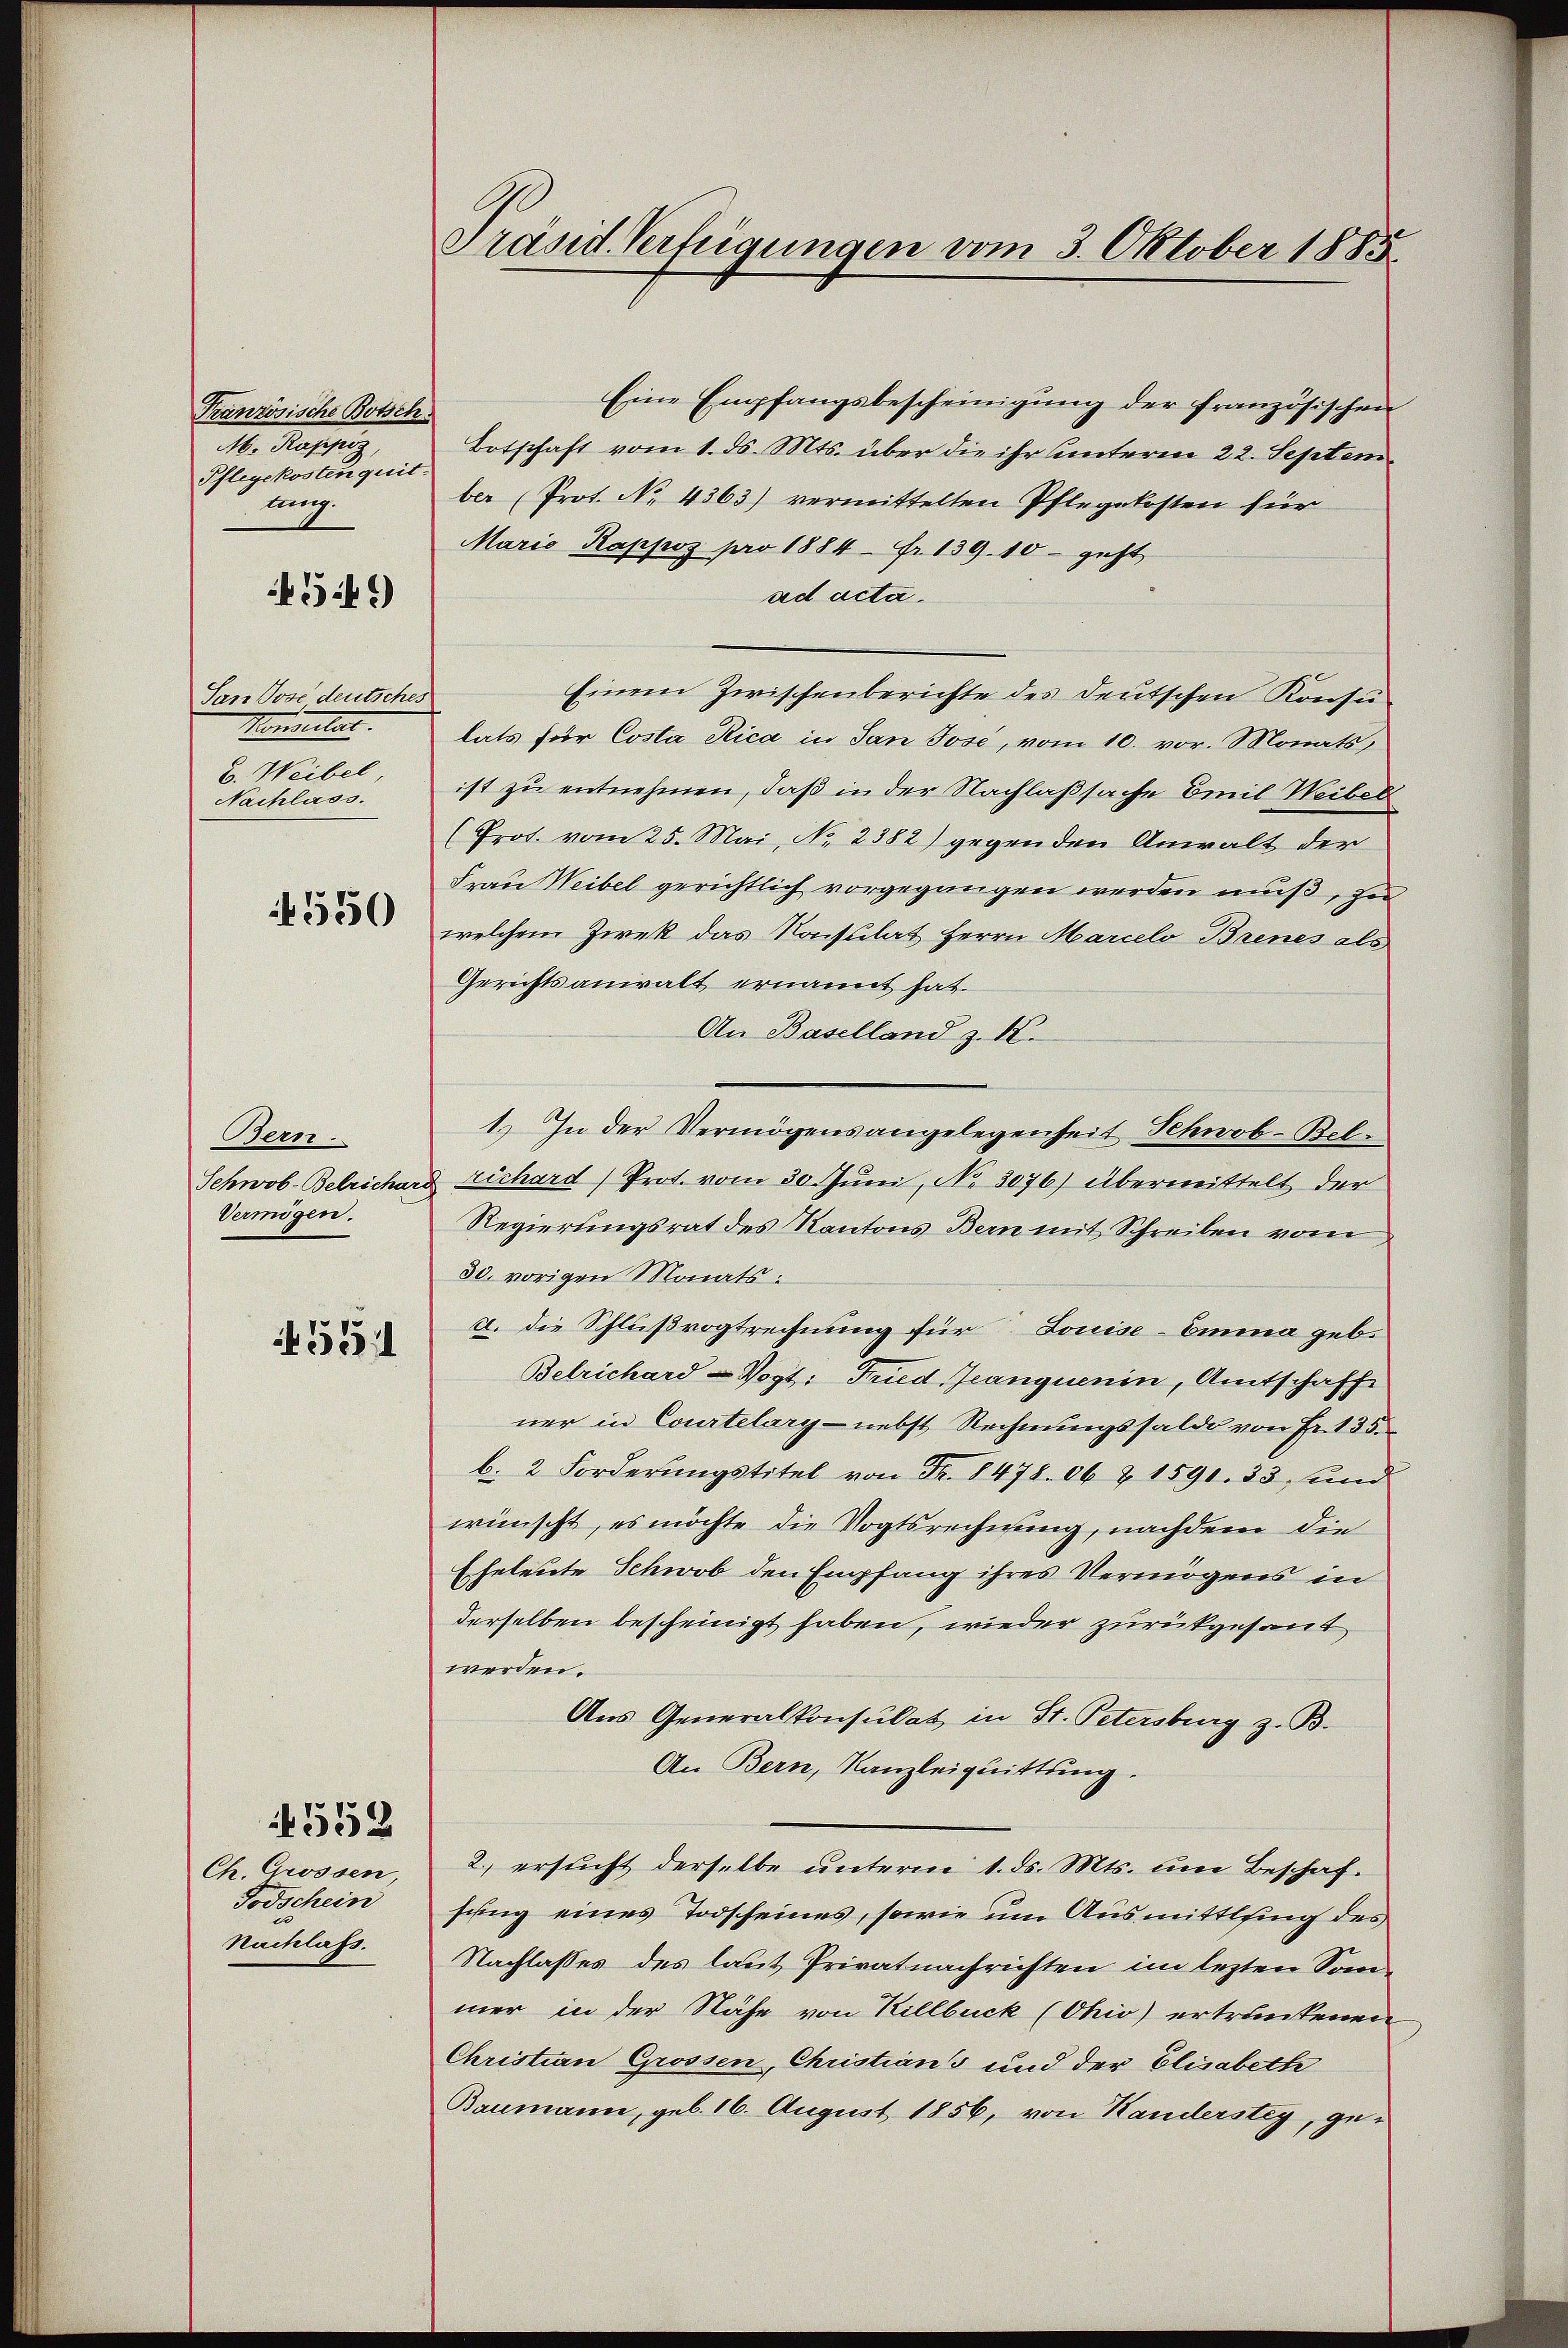
Französische Botsch.
. Wassen,
Pflegekosten quit.
nug.

549)

San Jose deutsches
Konsulat
E. Weibel,
Nachlass.

550

Bern.
Vermögen.

555

Ch. Grossen,
Todschein
Nachlass.

552

Präsid. Verfügungen vom 3. Oktober 1885

Eine Empfangsbescheinigung der französischen
Botschaft vom 1. ds. Mts. über die ihr unterm 22. Septem
ber (Prot. No. 4363) vermittelten Pflegekosten für
Maria Rappoz pro 1884 Fr. 139. 10 geht
ad acta.
Einem Zwischenberichte des deutschen Konsu
lats für Costa Rica in San Jose, vom 10. vor. Monats,
ist zu entnehmen, daß in der Nachlaßsache Emil Weibel
(Prot. vom 25. Mai, No. 2382) gegenden Anwalt der
Frau Weibel gerichtlich vorgegangen werden muß, zu
welchem Zwek das Konsulat Herrn Marcelo Brenes als
Gerichtsanwalt ernannt hat.
An Baselland z. K.
1.) In der Vermögensangelegenheit Schwob-Bel¬
Schwob-Belrichard richard Prot. vom 30. Juni, No 3076) übermittelt der
Regierungsrat des Kantons Bern mit Schreiben vom
30. vorigen Monatsa. die Schlußvogtrechnung für Louise-Emma geb.
Belrichard-Vogt: Fried, Jeanquenin, Amtschaff
ner in Courtelary- nebst Rechnungssaldo von Fr. 135.
b. 2 Forderŭngstitel von Fr. 8478. 06 Z 1591. 33, und
wünscht, es möchte die Vogtsrechnung, nachdem die
Eheleute Schwob den Empfang ihres Vermögens in
derselben bescheinigt haben, wieder zurückgesant
werden.
Aus Generalkonsulat in St. Petersburg z. B.
An Bern, Kanzleiquittung.
2.) ersucht derselbe unterm 1. ds. Mts. um Beschaf
sung eines Todscheines, sowie um Ausmittlung des
Nachlasses des laut Privatnachrichten im lezten Sommer in der Nähe von Killbuck (Ohio) ertrankenen
Christian Grossen, Christians und der Elisabeth
Baumann, geb. 16. August 1856, von Kanderstey, ge¬